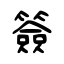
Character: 簽